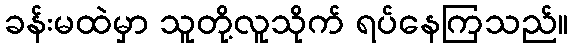
ခန်းမထဲမှာ သူတို့လူသိုက် ရပ်နေကြသည်။